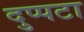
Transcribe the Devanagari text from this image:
दुप्पटा